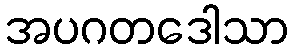
အပဂတဒေါသာ